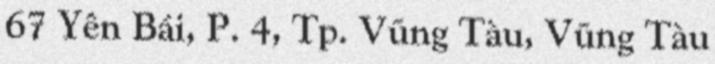
67 Yên Bái, P. 4, Tp. Vũng Tàu, Vũng Tàu